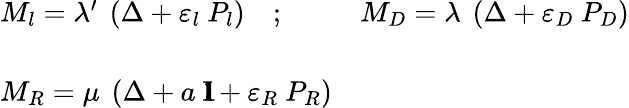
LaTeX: \begin{array}{ll}{{M_{l}=\lambda^{\prime}\ \left(\Delta+\varepsilon_{l}\ P_{l}\right)\quad;\quad}}&{{M_{D}=\lambda\ \left(\Delta+\varepsilon_{D}\ P_{D}\right)}}\\ {{}}&{{}}\\ {{M_{R}=\mu\ \left(\Delta+a\ {1\! \! \! \mathrm{I}}+\varepsilon_{R}\ P_{R}\right)}}&{{}}\end{array}